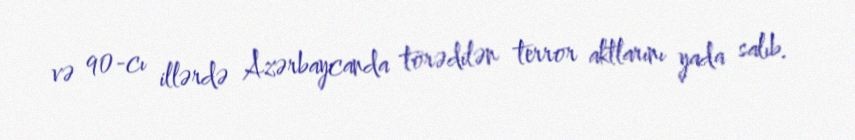
və 90-cı illərdə Azərbaycanda törədilən terror aktlarını yada salıb.